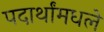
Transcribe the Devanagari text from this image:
पदार्थांमधले